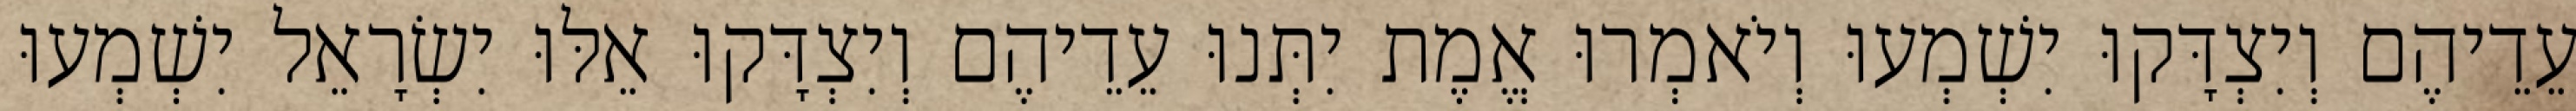
עֵדֵיהֶם וְיִצְדָּקוּ יִשְׁמְעוּ וְיֹאמְרוּ אֱמֶת יִתְּנוּ עֵדֵיהֶם וְיִצְדָּקוּ אֵלּוּ יִשְׂרָאֵל יִשְׁמְעוּ